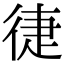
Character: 徢